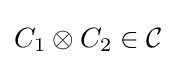
C_{1}\otimes C_{2}\in {\mathcal {C}}